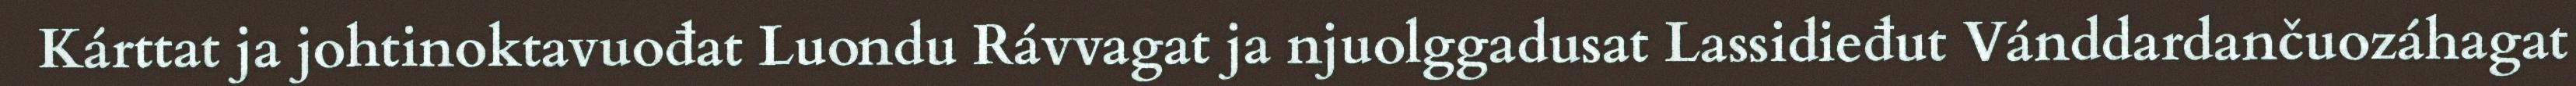
Kárttat ja johtinoktavuođat Luondu Rávvagat ja njuolggadusat Lassidieđut Vánddardančuozáhagat